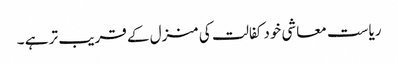
ریاست معاشی خود کفالت کی منزل کے قریب تر ہے ۔